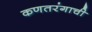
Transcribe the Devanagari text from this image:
कणतरंगाची